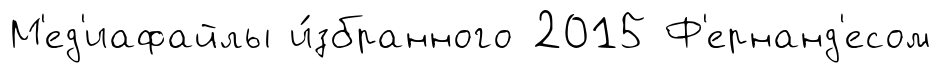
М'ед'иафайлы и́збранного 2015 Ф'ернанд'есом